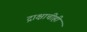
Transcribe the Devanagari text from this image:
द्राक्षाचीही